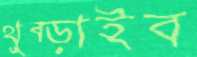
থুব্‌ড়াইব